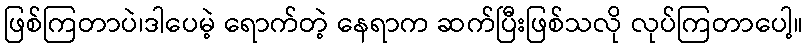
ဖြစ်ကြတာပဲ၊ဒါပေမဲ့ ရောက်တဲ့ နေရာက ဆက်ပြီးဖြစ်သလို လုပ်ကြတာပေါ့။